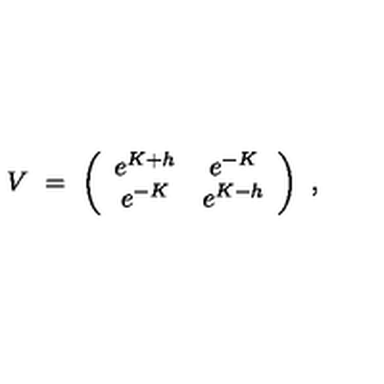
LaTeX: V \ = \ \left( \begin{array} { c c } { e ^ { K + h } } & { e ^ { - K } } \\ { e ^ { - K } } & { e ^ { K - h } } \\ \end{array} \right) \ ,